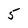
Character: 5